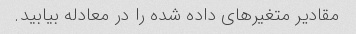
مقادیر متغیرهای داده شده را در معادله بیابید.